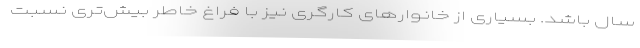
سال باشد. بسیاری از خانوارهای کارگری نیز با فراغ خاطر بیش‌تری نسبت